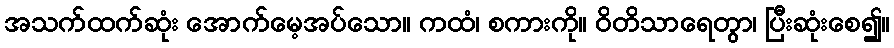
အသက်ထက်ဆုံး အောက်မေ့အပ်သော။ ကထံ၊ စကားကို။ ဝိတိသာရေတွာ၊ ပြီးဆုံးစေ၍။